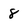
Character: 8